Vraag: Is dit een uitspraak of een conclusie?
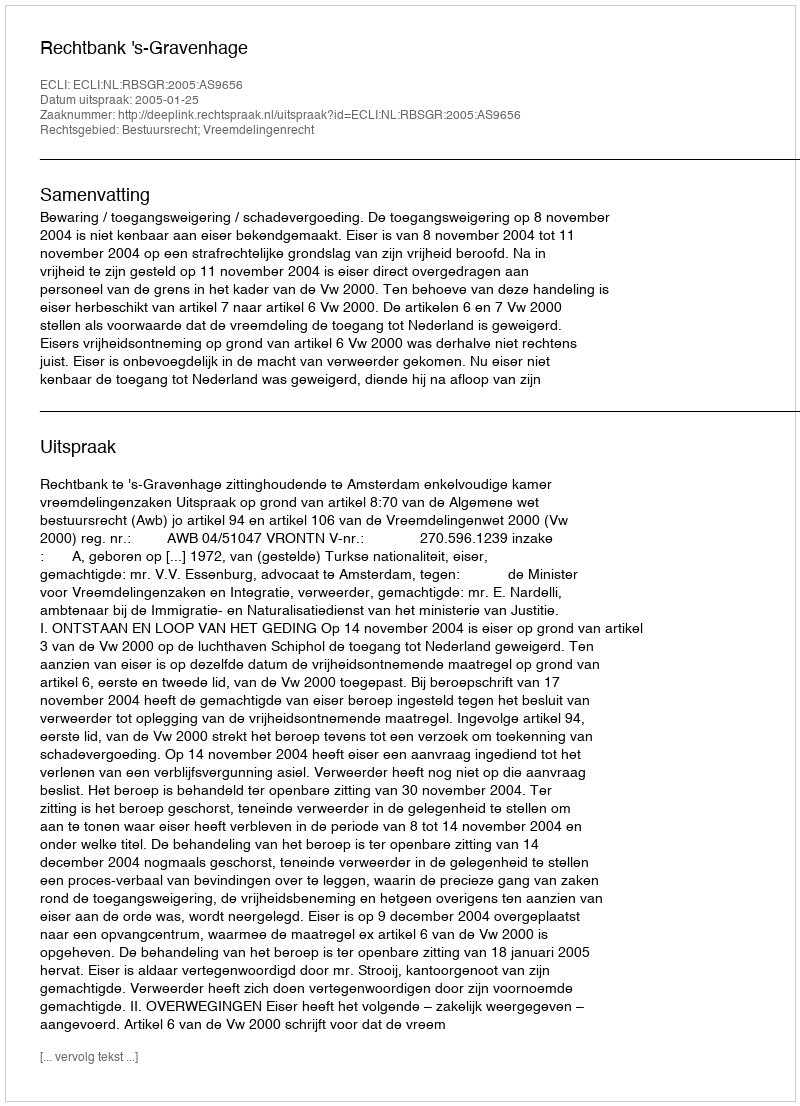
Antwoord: Uitspraak